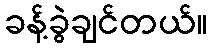
ခန့်ခွဲချင်တယ်။